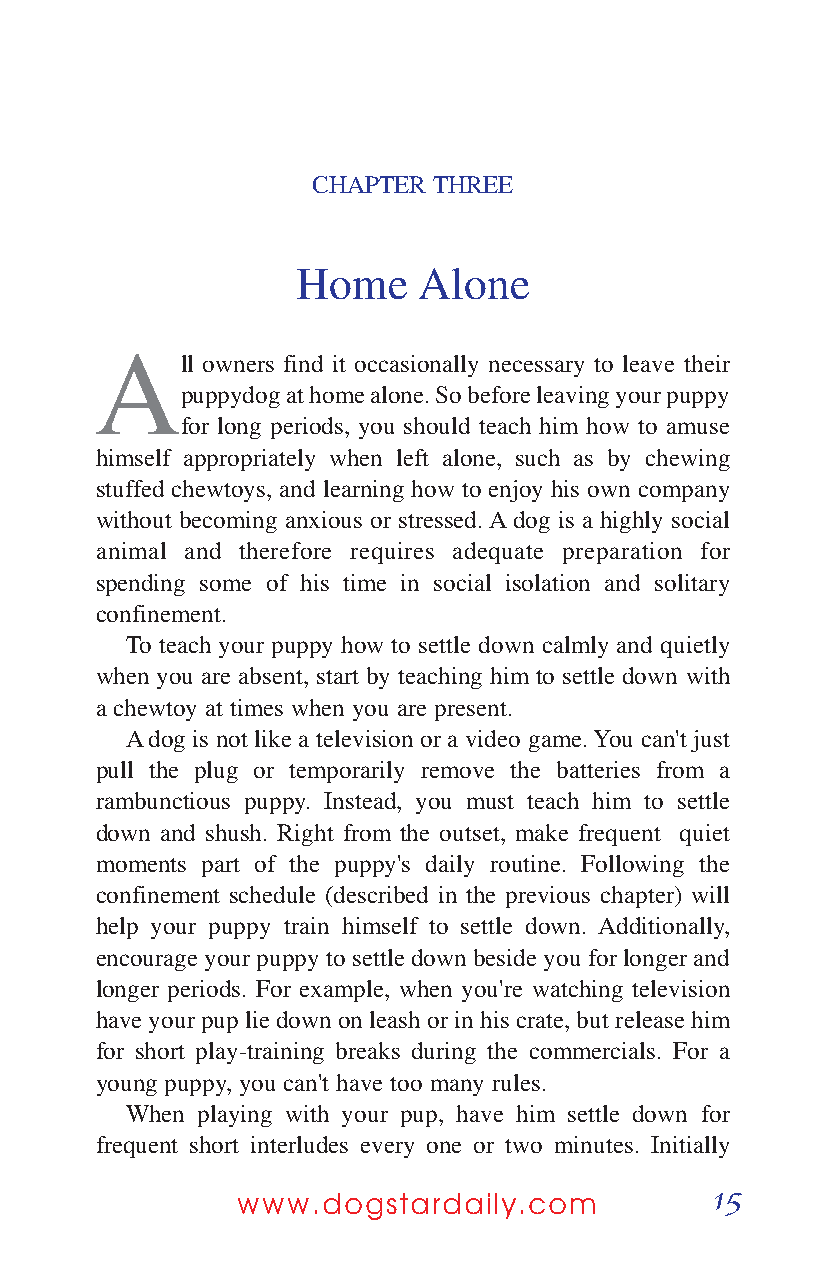
CHAPTER THREE
 Home    Alone
 A
 ll owners find it occasionally necessary to leave their
 puppydog at home alone. So before leaving your puppy
 for long periods, you should teach him how to amuse
 himself appropriately when left alone, such as by chewing
 stuffed chewtoys, and learning how to enjoy his own company
 without becoming anxious or stressed. Adog is a highly social
 animal and therefore requires adequate preparation for
 spending some of his time in social isolation and solitary
 confinement.
 To teach your puppy how to settle down calmly and quietly
 when you are absent, start by teaching him to settle down with
 a chewtoy at times when you are present.
 Adog is not like a television or a video game. You can't just
 pull the plug or temporarily remove the batteries from a
 rambunctious puppy. Instead, you must teach him to settle
 down and shush. Right from the outset, make frequent quiet
 moments part of the puppy's daily routine. Following the
 confinement schedule (described in the previous chapter) will
 help your puppy train himself to settle down. Additionally,
 encourage your puppy to settle down beside you for longer and
 longer periods. For example, when you're watching television
 have your pup lie down on leash or in his crate, but release him
 for short play-training breaks during the commercials. For a
 young puppy, you can't have too many rules.
 When playing with your pup, have him settle down for
 frequent short interludes every one or two minutes. Initially
 15
 www.dogstardaily.com